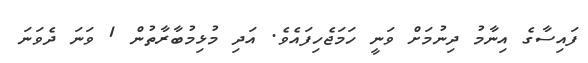
ފައިސާގެ އިނާމު ދިނުމަށް ވަނީ ހަމަޖެހިފައެވެ. އަދި މުޅިމުބާރާތުން 1 ވަނަ ދެވަނަ